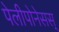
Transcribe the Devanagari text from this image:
पेलीपोनेसस्‌